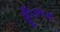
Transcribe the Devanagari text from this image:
हूँ।॥५॥